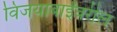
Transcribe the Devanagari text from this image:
विजयाबाईंवरील